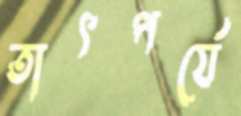
তাৎপর্যে